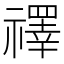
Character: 𥜃